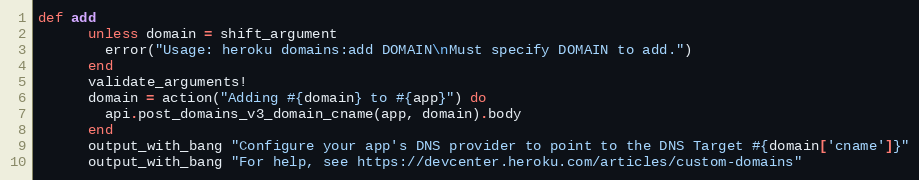
Language: Ruby
def add
      unless domain = shift_argument
        error("Usage: heroku domains:add DOMAIN\nMust specify DOMAIN to add.")
      end
      validate_arguments!
      domain = action("Adding #{domain} to #{app}") do
        api.post_domains_v3_domain_cname(app, domain).body
      end
      output_with_bang "Configure your app's DNS provider to point to the DNS Target #{domain['cname']}"
      output_with_bang "For help, see https://devcenter.heroku.com/articles/custom-domains"